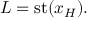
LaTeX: L = \mathrm { { s t } } ( x _ { H } ) .